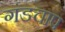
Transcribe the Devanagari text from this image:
गंडचाप